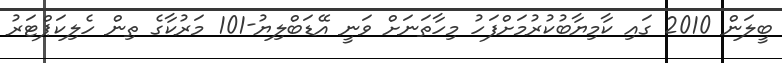
ބީލަން 2010 ގައި ކާމިޔާބުކުރުމަށްފަހު މިހާތަނަށް ވަނީ އޭޑަބްލިޔު-101 މަރުކާގެ ތިން ހެލިކަޕްޓަރު